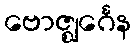
ဗောဇ္ဈင်္ဂေန